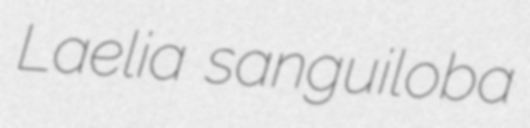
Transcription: Laelia sanguiloba